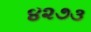
૪૨૭૩